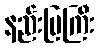
နည်းပြကြီး